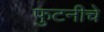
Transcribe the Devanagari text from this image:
फुटनीचे